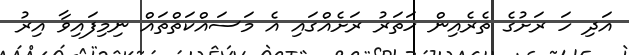
އަދި ހަ ރަށުގެ ތެރެއިން ހަތަރު ރަށެއްގައި އެ މަސައްކަތްތައް ނިމިފައިވާ އިރު